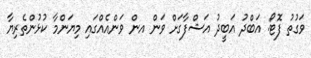
ވަގުތު ފޮޓޯ: އަބްދު އަބީދު އަޝްފާގަށް ވަން އން ވަންއެއްގައި މިޔަންމާ ކުޅުންތެރިޔާ